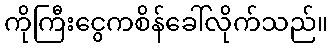
ကိုကြီးငွေကစိန်ခေါ်လိုက်သည်။